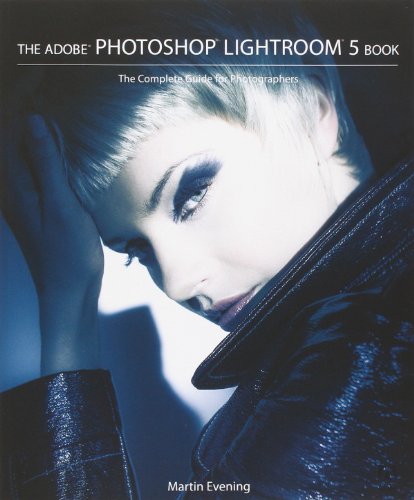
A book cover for The Adobe Photoshop Lightroom 5 Book: The Complete Guide for Photographers; Martin Evening; Computers & Technology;